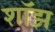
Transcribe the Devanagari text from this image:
शॉझ